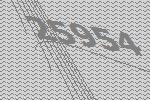
25954